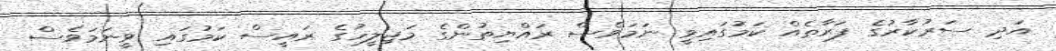
އަދި ސަރުކާރުގެ ފަރާތެއް ކަމުގައިވީ ނަމަވެސް ރައްޔިތުންގެ މަޖިލީހުގެ ރައީސް ކަމުގައި ވީނަމަވެސް